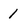
Character: 1